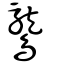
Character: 鸗